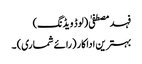
فہد مصطفیٰ (لوڈ ویڈنگ)
بہترین اداکار (رائے شماری) ۔